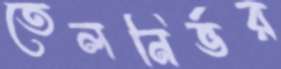
তেলনির্ভর